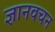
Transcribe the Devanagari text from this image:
ज्ञानवचन